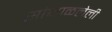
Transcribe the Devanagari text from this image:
सांभाळलेली